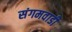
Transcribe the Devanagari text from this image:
संगमवाडी